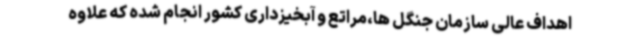
اهداف عالی سازمان جنگل ها،مراتع و آبخیزداری کشور انجام شده که علاوه